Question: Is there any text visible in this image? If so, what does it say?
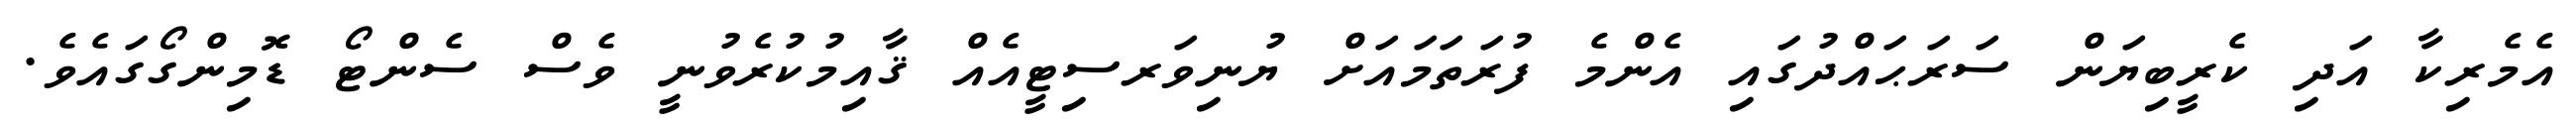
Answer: އެމެރިކާ އަދި ކެރީބިޔަން ސަރަޙައްދުގައި އެންމެ ފުރަތަމައަށް ޔުނިވަރސިޓީއެއް ޤާއިމުކުރެވުނީ ވެސް ސެންޓޯ ޑޮމިންގޯގައެވެ.